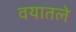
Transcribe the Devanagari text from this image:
वयातले